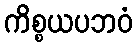
ကိစ္စယပဘဝံ